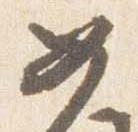
女